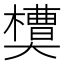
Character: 𰘻